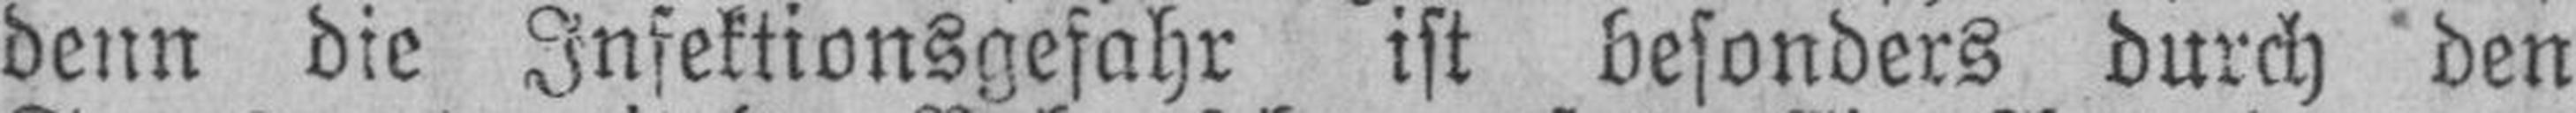
denn die Infektionsgefahr ist besonders durch den